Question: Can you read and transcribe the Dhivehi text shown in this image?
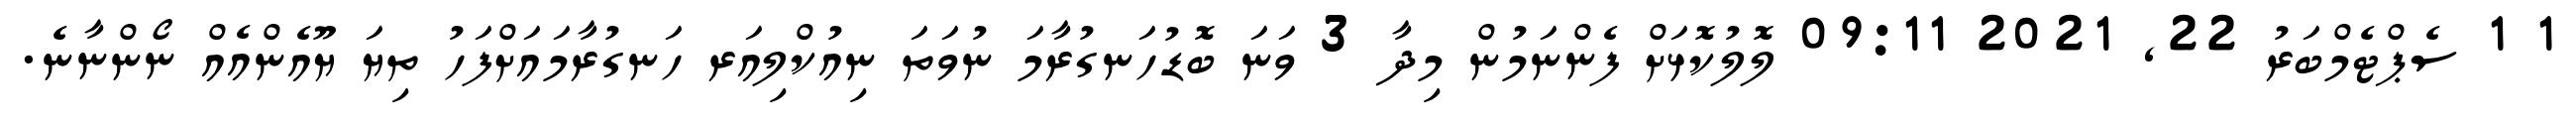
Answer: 1 1 ސެޕްޓެމްބަރު 22, 2021 09:11 ލޮލުކޮޅަށް ފެންނަމުން މިދާ 3 ވަނަ ބޮޑުހަނގުރާމަ ނުވަތަ ނިއުކްލިއަރ ހަނގުރާމައަށްފަހު ތިޔަ ޔޫއެންއެއް ނޯންނާނެ.